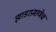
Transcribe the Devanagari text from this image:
झाडाप्रमाणेच